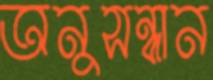
অনুসন্ধান